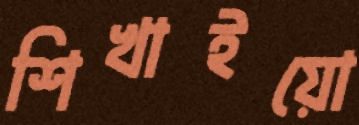
শিখাইয়ো